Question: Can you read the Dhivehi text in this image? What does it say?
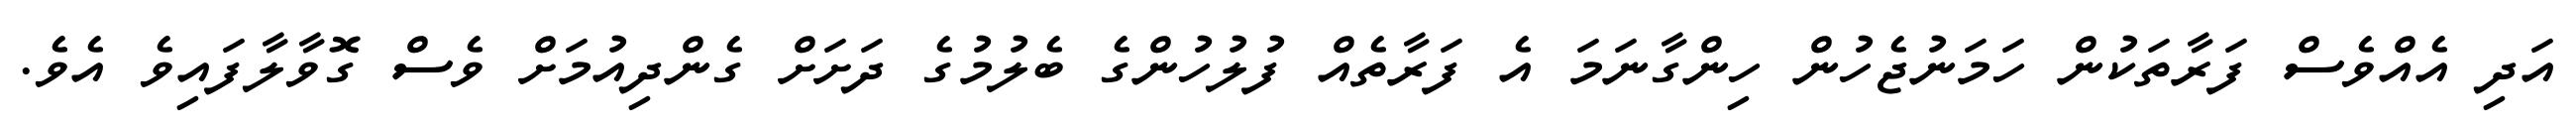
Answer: އަދި އެއްވެސް ފަރާތަކުން ހަމަނުޖެހުން ހިންގާނަމަ އެ ފަރާތެއް ފުލުހުންގެ ބެލުމުގެ ދަށަށް ގެންދިއުމަށް ވެސް ގޮވާލާފައިވެ އެވެ.